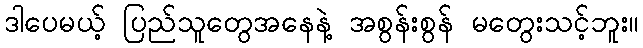
ဒါပေမယ့် ပြည်သူတွေအနေနဲ့ အစွန်းစွန် မတွေးသင့်ဘူး။